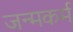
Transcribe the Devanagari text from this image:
जन्मकर्म